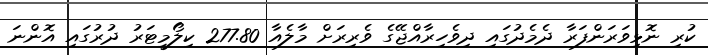
ކުރި ނޮޅިވަރަންފަރާ ދެމެދުގައި ދިވެހިރާއްޖޭގެ ވެރިރަށް މާލެއާ 277.80 ކިލޯމީޓަރު ދުރުގައި އޮންނަ